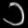
Digit: ၁